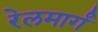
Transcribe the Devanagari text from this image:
रेलमार्गं